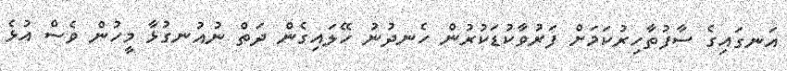
އަނގައިގެ ސާފުތާހިރުކަމަށް ފަރުވާކުޑަކުރުން ހެނދުނު ހޭލައިގެން ދަތް ނުއުނގުޅާ މީހުން ވެސް އުޅެ